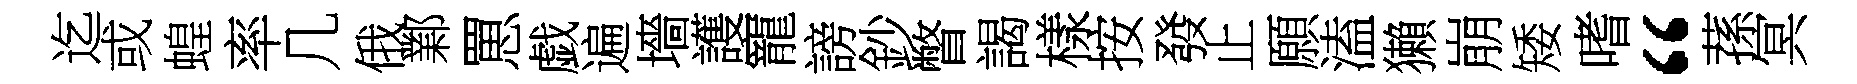
迄或蝗率几俄鄴罳戯遍墻護寵謗鈔瞥謁樣按發止願溘獺崩矮嗜“蓀冥